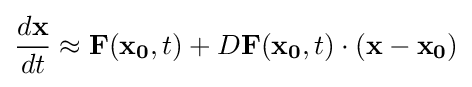
{\frac {d\mathbf {x} }{dt}}\approx \mathbf {F} (\mathbf {x_{0}} ,t)+D\mathbf {F} (\mathbf {x_{0}} ,t)\cdot (\mathbf {x} -\mathbf {x_{0}} )